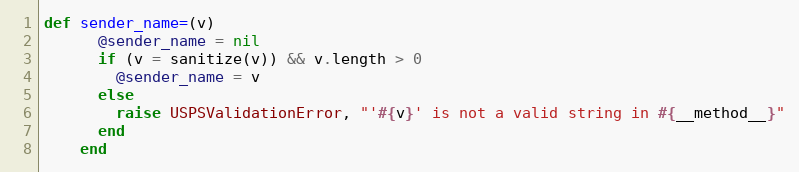
Language: Ruby
def sender_name=(v)
      @sender_name = nil
      if (v = sanitize(v)) && v.length > 0
        @sender_name = v
      else
        raise USPSValidationError, "'#{v}' is not a valid string in #{__method__}"
      end
    end